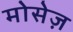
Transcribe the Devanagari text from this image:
मोसेज़